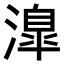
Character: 𣽎